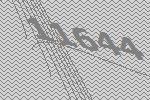
11644